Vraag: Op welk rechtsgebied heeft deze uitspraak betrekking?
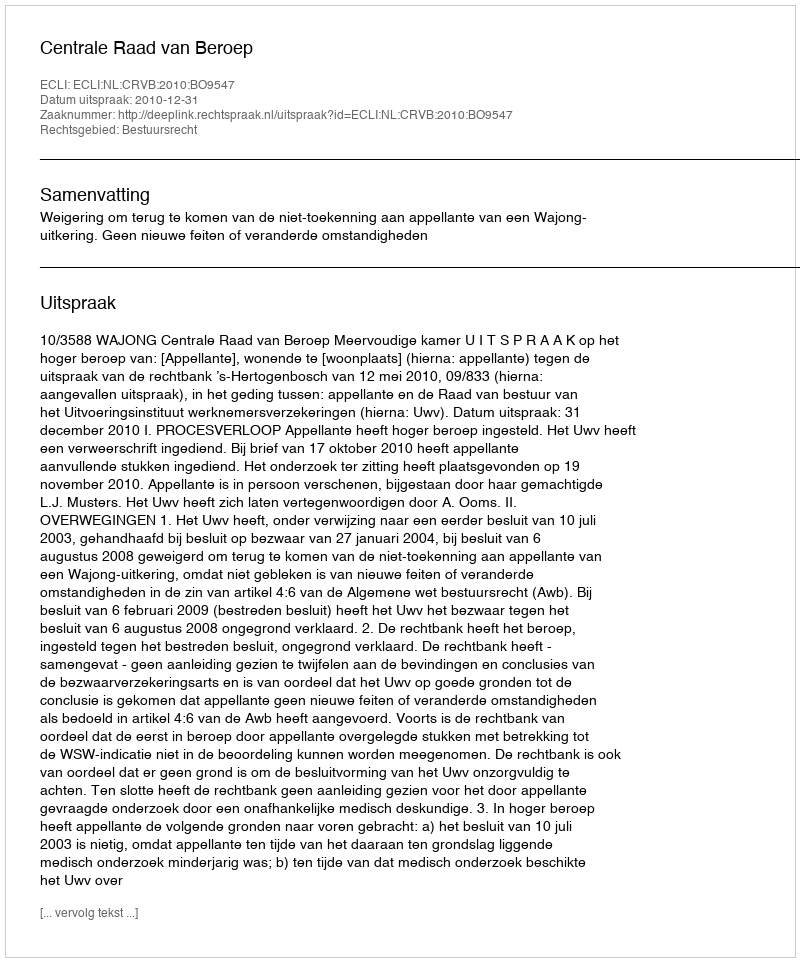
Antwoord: Bestuursrecht